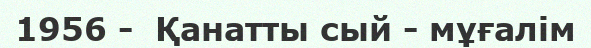
1956 -  Қанатты сый - мұғалім